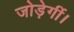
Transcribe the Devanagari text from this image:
जोड़ेगीं।